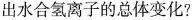
出水合氢离子的总体变化?